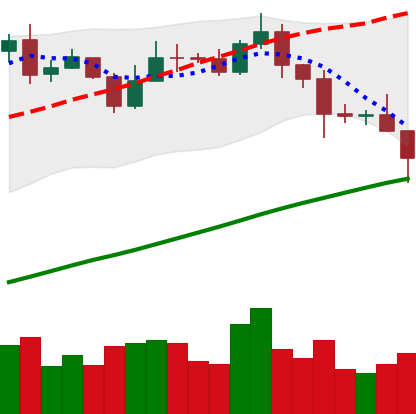
Ticker: BNB-USD
Chart end date: 2020-11-03
Forward return: 5.392%
Label: up_5_7